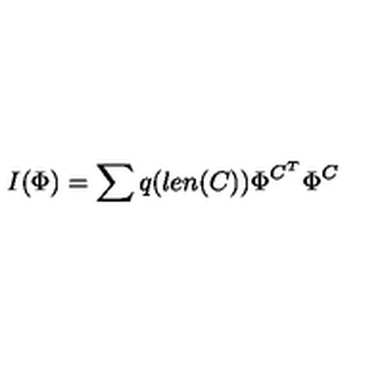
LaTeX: I ( \Phi ) = \sum q ( l e n ( C ) ) \Phi ^ { C ^ { T } } \Phi ^ { C }